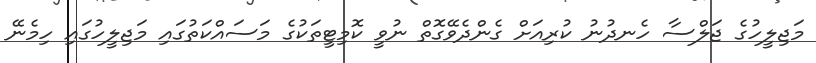
މަޖިލީހުގެ ޖަލްސާ ހެނދުނު ކުރިއަށް ގެންދެވޭގޮތް ނުވީ ކޮމިޓީތަކުގެ މަސައްކަތުގައި މަޖިލީހުގައި ހިމެނޭ